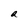
Character: a